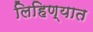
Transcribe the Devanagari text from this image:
लिहिण्‍यात